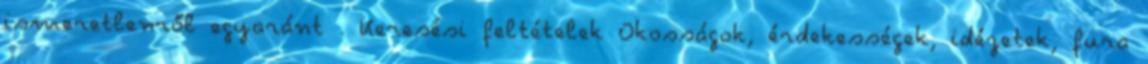
ismeretlenről egyaránt . Keresési feltételek Okosságok, érdekességek, idézetek, fura